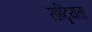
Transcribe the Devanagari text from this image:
राष्ट्र्यिता